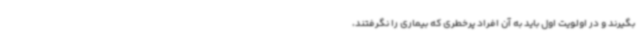
بگیرند و در اولویت اول باید به آن افراد پرخطری که بیماری را نگرفتند،